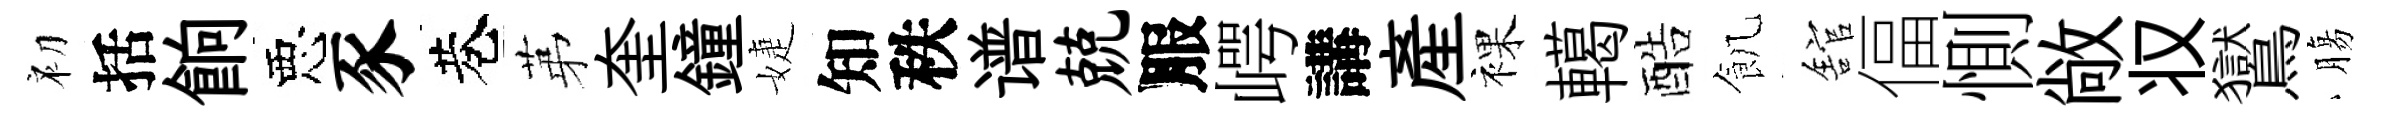
初括餉惡豕巷苐奎鐘婕知秩谱兢服崿講産裸轕酷飢舘偪惻敞𠬧鸑膓